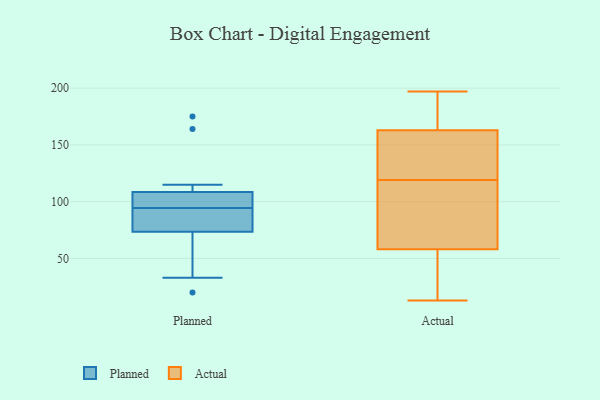
{"axis": {"x": "Tickets Resolved", "y": "Value"}, "legend": ["Actual", "Planned"], "data": [{"x": "", "y": 91, "type": "Planned"}, {"x": "", "y": 164, "type": "Planned"}, {"x": "", "y": 102, "type": "Planned"}, {"x": "", "y": 86, "type": "Planned"}, {"x": "", "y": 20, "type": "Planned"}, {"x": "", "y": 67, "type": "Planned"}, {"x": "", "y": 80, "type": "Planned"}, {"x": "", "y": 115, "type": "Planned"}, {"x": "", "y": 175, "type": "Planned"}, {"x": "", "y": 101, "type": "Planned"}, {"x": "", "y": 98, "type": "Planned"}, {"x": "", "y": 33, "type": "Planned"}, {"x": "", "y": 52, "type": "Actual"}, {"x": "", "y": 28, "type": "Actual"}, {"x": "", "y": 131, "type": "Actual"}, {"x": "", "y": 79, "type": "Actual"}, {"x": "", "y": 163, "type": "Actual"}, {"x": "", "y": 114, "type": "Actual"}, {"x": "", "y": 193, "type": "Actual"}, {"x": "", "y": 166, "type": "Actual"}, {"x": "", "y": 21, "type": "Actual"}, {"x": "", "y": 124, "type": "Actual"}, {"x": "", "y": 137, "type": "Actual"}, {"x": "", "y": 13, "type": "Actual"}, {"x": "", "y": 189, "type": "Actual"}, {"x": "", "y": 58, "type": "Actual"}, {"x": "", "y": 127, "type": "Actual"}, {"x": "", "y": 73, "type": "Actual"}, {"x": "", "y": 197, "type": "Actual"}, {"x": "", "y": 103, "type": "Actual"}]}